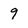
Character: 9